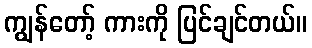
ကျွန်တော့် ကားကို ပြင်ချင်တယ်။